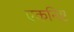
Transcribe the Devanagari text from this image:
एकनिष्ट